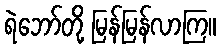
ရဲဘော်တို့ မြန်မြန်လာကြ။